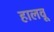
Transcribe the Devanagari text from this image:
हालवू